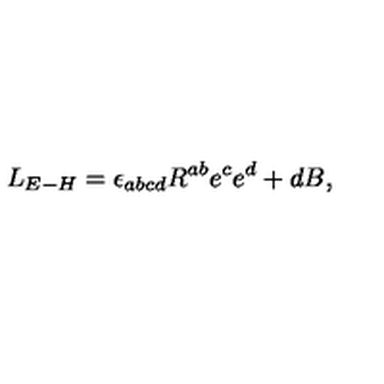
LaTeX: L _ { E - H } = \epsilon _ { a b c d } R ^ { a b } e ^ { c } e ^ { d } + d B ,